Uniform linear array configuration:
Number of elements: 48
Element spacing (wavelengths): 0.75
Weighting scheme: blackman
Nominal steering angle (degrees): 60
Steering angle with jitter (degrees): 58.194
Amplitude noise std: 0.05
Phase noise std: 0.05

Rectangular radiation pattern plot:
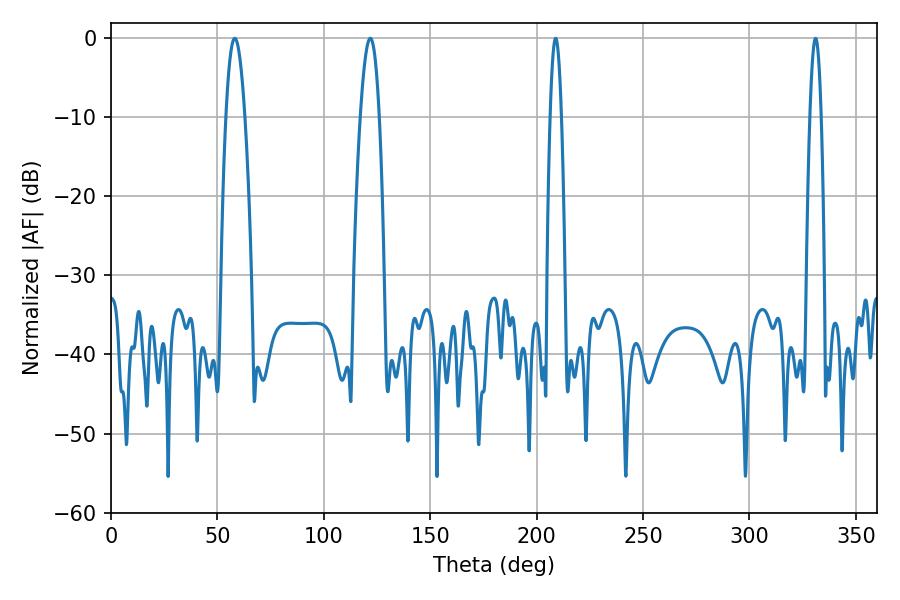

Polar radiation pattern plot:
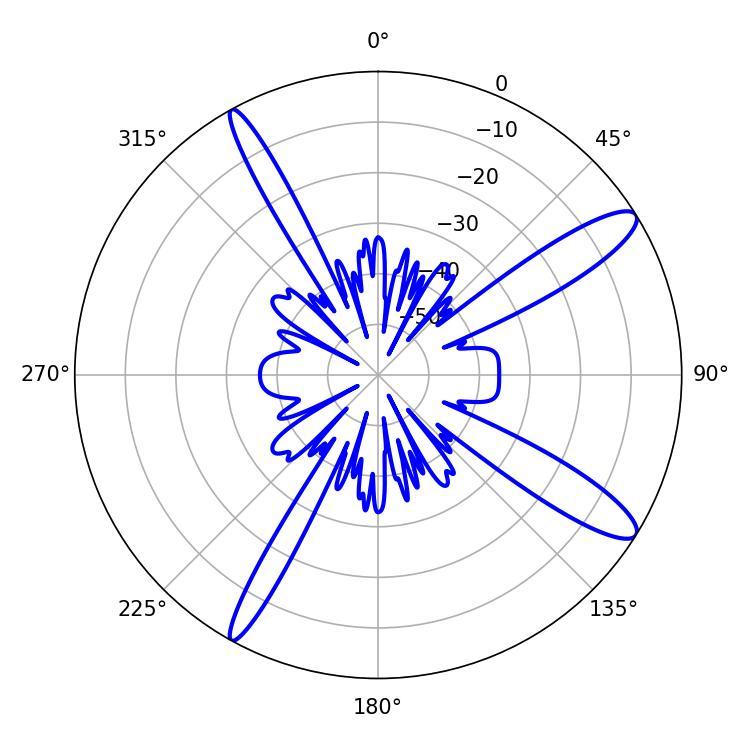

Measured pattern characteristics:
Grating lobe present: TRUE
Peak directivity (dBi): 12.856
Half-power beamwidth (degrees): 4.86
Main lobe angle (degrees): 58.14